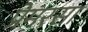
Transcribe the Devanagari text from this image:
प्रेमरसा